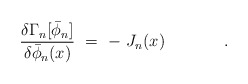
\begin{align*}{\delta \Gamma_n [\bar\phi_n]\over \delta \bar\phi_n (x)}\ =\ -\ J_n(x)\hspace{1.5cm} .\hspace{0.5cm}\\\end{align*}